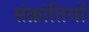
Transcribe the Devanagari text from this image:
संक्रांतियों